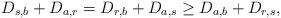
LaTeX: \begin{align*} D_{s,b} + D_{a,r} = D_{r,b} + D_{a,s} \geq D_{a,b} + D_{r,s},\end{align*}